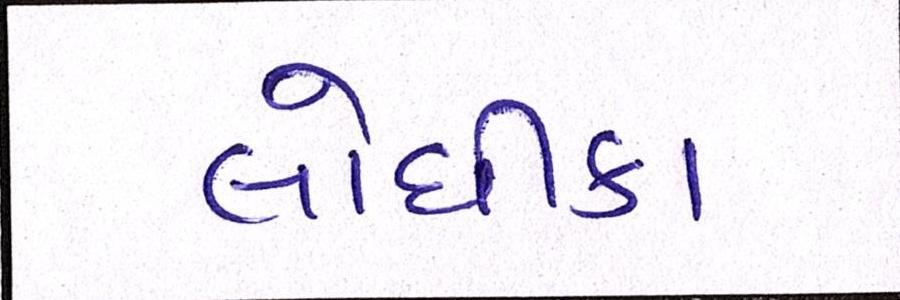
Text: લોધીકા